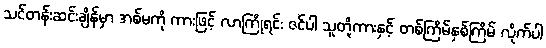
သင်တန်းဆင်းချိန်မှာ အစ်မကို ကားဖြင့် လာကြိုရင်း ဇင်ပါ သူတို့ကားနှင့် တစ်ကြိမ်နှစ်ကြိမ် လိုက်ပါ